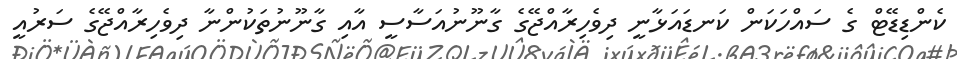
ކެންޑިޑޭޓް ގެ ސައްހަކަން ކަނޑައަޅާނީ ދިވެހިރާއްޖޭގެ ގާނޫނުއަސާސީ އާއި ގާނޫނުތަކުންނާ ދިވެހިރާއްޖޭގެ ސަރުއީ